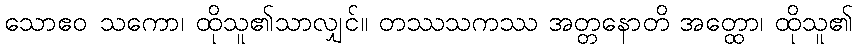
သောဧဝ သကော၊ ထိုသူ၏သာလျှင်။ တဿသကဿ အတ္တနောတိ အတ္ထော၊ ထိုသူ၏